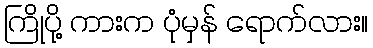
ကြိုပို့ ကားက ပုံမှန် ရောက်လား။